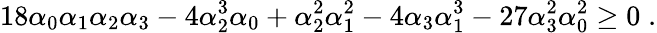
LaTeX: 18\alpha_{0}\alpha_{1}\alpha_{2}\alpha_{3}-4\alpha_{2}^{3}\alpha_{0}+\alpha_{2}^{2}\alpha_{1}^{2}-4\alpha_{3}\alpha_{1}^{3}-27\alpha_{3}^{2}\alpha_{0}^{2}\ge 0\; .